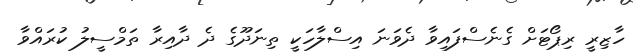
ހާޒިރީ ރިޕޯޓަށް ގެނެސްފައިވާ ދެވަނަ އިސްލާހަކީ ތިނަދޫގެ ދެ ދާއިރާ ތަމްސީލު ކުރައްވާ